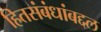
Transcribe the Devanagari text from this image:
हितसंबंधांबद्दल